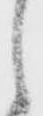
候